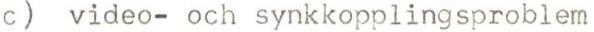
c) video- och synkkopplingsproblem